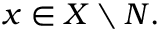
{ x \in X \setminus N } .